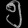
Digit: ၅